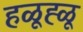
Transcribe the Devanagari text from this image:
हळूह्ळू